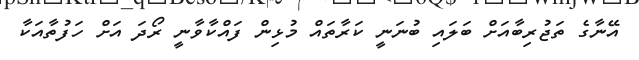
އޭނާގެ ތަޖުރިބާއަށް ބަލައި ބުނަނީ ކަރާތައް މުޅިން ފައްކާވާނީ ރޯދަ އަށް ހަފުތާއަކާ